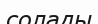
солады